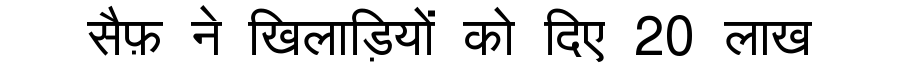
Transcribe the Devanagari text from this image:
सैफ़ ने खिलाड़ियों को दिए 20 लाख